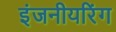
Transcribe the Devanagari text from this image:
इंजनीयरिंग